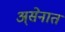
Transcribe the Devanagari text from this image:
अ्सेनात